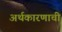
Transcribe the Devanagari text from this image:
अर्थकारणाची